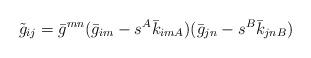
LaTeX: \begin{align*}\tilde{g}_{ij} =\bar{g}^{mn}(\bar{g}_{im}-s^{A}\bar{k}_{imA})(\bar{g}_{jn}-s^{B}\bar{k}_{jnB}) \end{align*}